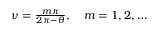
\begin{array} { r } { \nu = \frac { m \pi } { 2 \pi - \theta } , \quad m = 1 , 2 , \dots } \end{array}